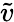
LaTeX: \widetilde{v}